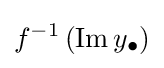
f^{-1}\left(\operatorname {Im} y_{\bullet }\right)